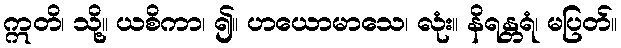
ဣတိ၊ သို့။ ယစိကာ၊ ၍။ ဟယောမာသေ၊ လုံး။ နိရန္တရံ၊ မပြတ်။